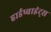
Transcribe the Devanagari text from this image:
हार्डप्वाइंट्स